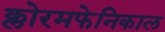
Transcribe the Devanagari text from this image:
क्लोरमफेनिकाल